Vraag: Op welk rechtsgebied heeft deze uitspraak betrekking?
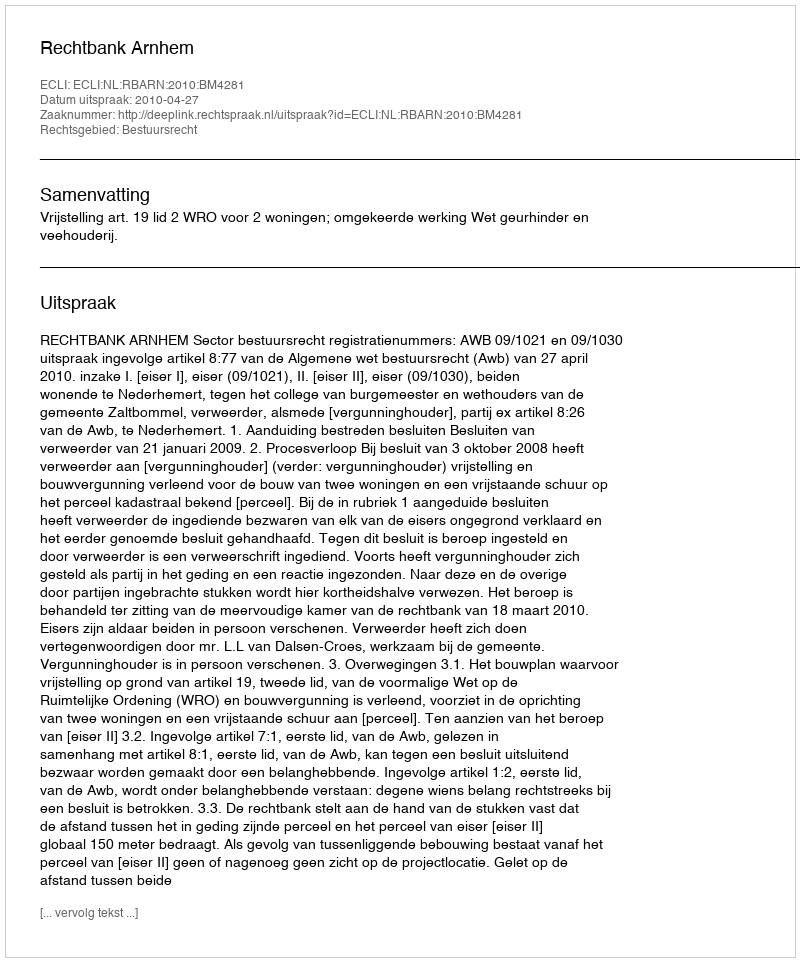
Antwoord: Bestuursrecht